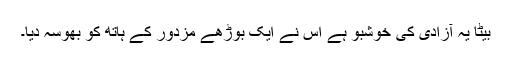
بیٹا یہ آزادی کی خوشبو ہے اس نے ایک بوڑھے مزدور کے ہاتھ کو بھوسہ دیا۔